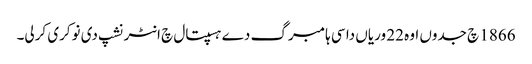
1866 چ جدوں اوہ 22 وریاں دا سی ہامبرگ دے ہسپتال چ انٹرنشپ دی نوکری کرلی۔